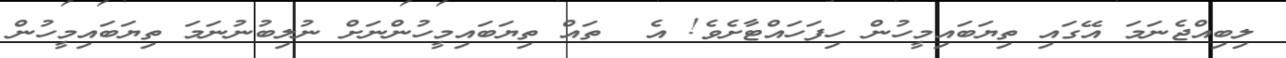
ލިބިއްޖެނަމަ އޭގައި ތިޔަބައިމީހުން ހިފަހައްޓާށެވެ! އެ  ތައް ތިޔަބައިމީހުންނަށް ނުލިބުނުނަމަ ތިޔަބައިމީހުން